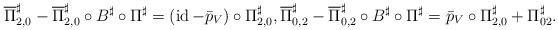
LaTeX: \begin{gather*} \overline{\Pi}_{2,0}^{\sharp}-\overline{\Pi}_{2,0}^{\sharp}\circ B^{\sharp}\circ\Pi^{\sharp}=(\operatorname*{id}-\bar{p}_{V})\circ\Pi_{2,0}^{\sharp}, \overline{\Pi}_{0,2}^{\sharp}-\overline{\Pi}_{0,2}^{\sharp}\circ B^{\sharp}\circ\Pi^{\sharp}=\bar{p}_{V}\circ\Pi_{2,0}^{\sharp}+\Pi_{02}^{\sharp}.\end{gather*}